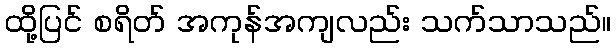
ထို့ပြင် စရိတ် အကုန်အကျလည်း သက်သာသည်။